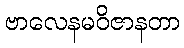
ဗာလေနမဝိဇာနတာ